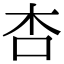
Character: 杏